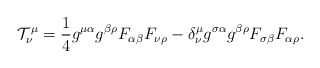
\begin{align*}{\cal T}^{\mu}_{\nu} = \frac{1}{4} g^{\mu \alpha} g^{\beta \rho}F_{\alpha \beta} F_{\nu \rho } - \delta^{\mu}_{\nu} g^{\sigma \alpha} g^{\beta\rho} F_{\sigma \beta} F_{\alpha \rho}.\end{align*}